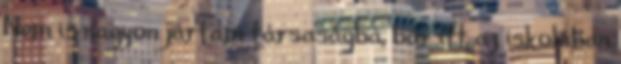
Nem is nagyon jártam társaságba, bár itt az iskolában